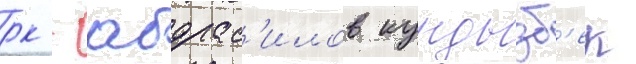
рк - абдрас'илов кундызб'ек